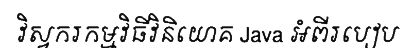
វិស្វករកម្មវិធីវិនិយោគ Java អំពីរបៀប